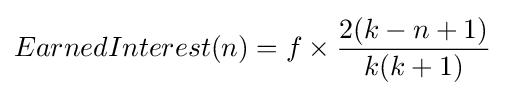
EarnedInterest(n)=f\times {\frac {2(k-n+1)}{k(k+1)}}